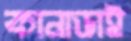
কানাডাই